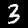
Label: 3